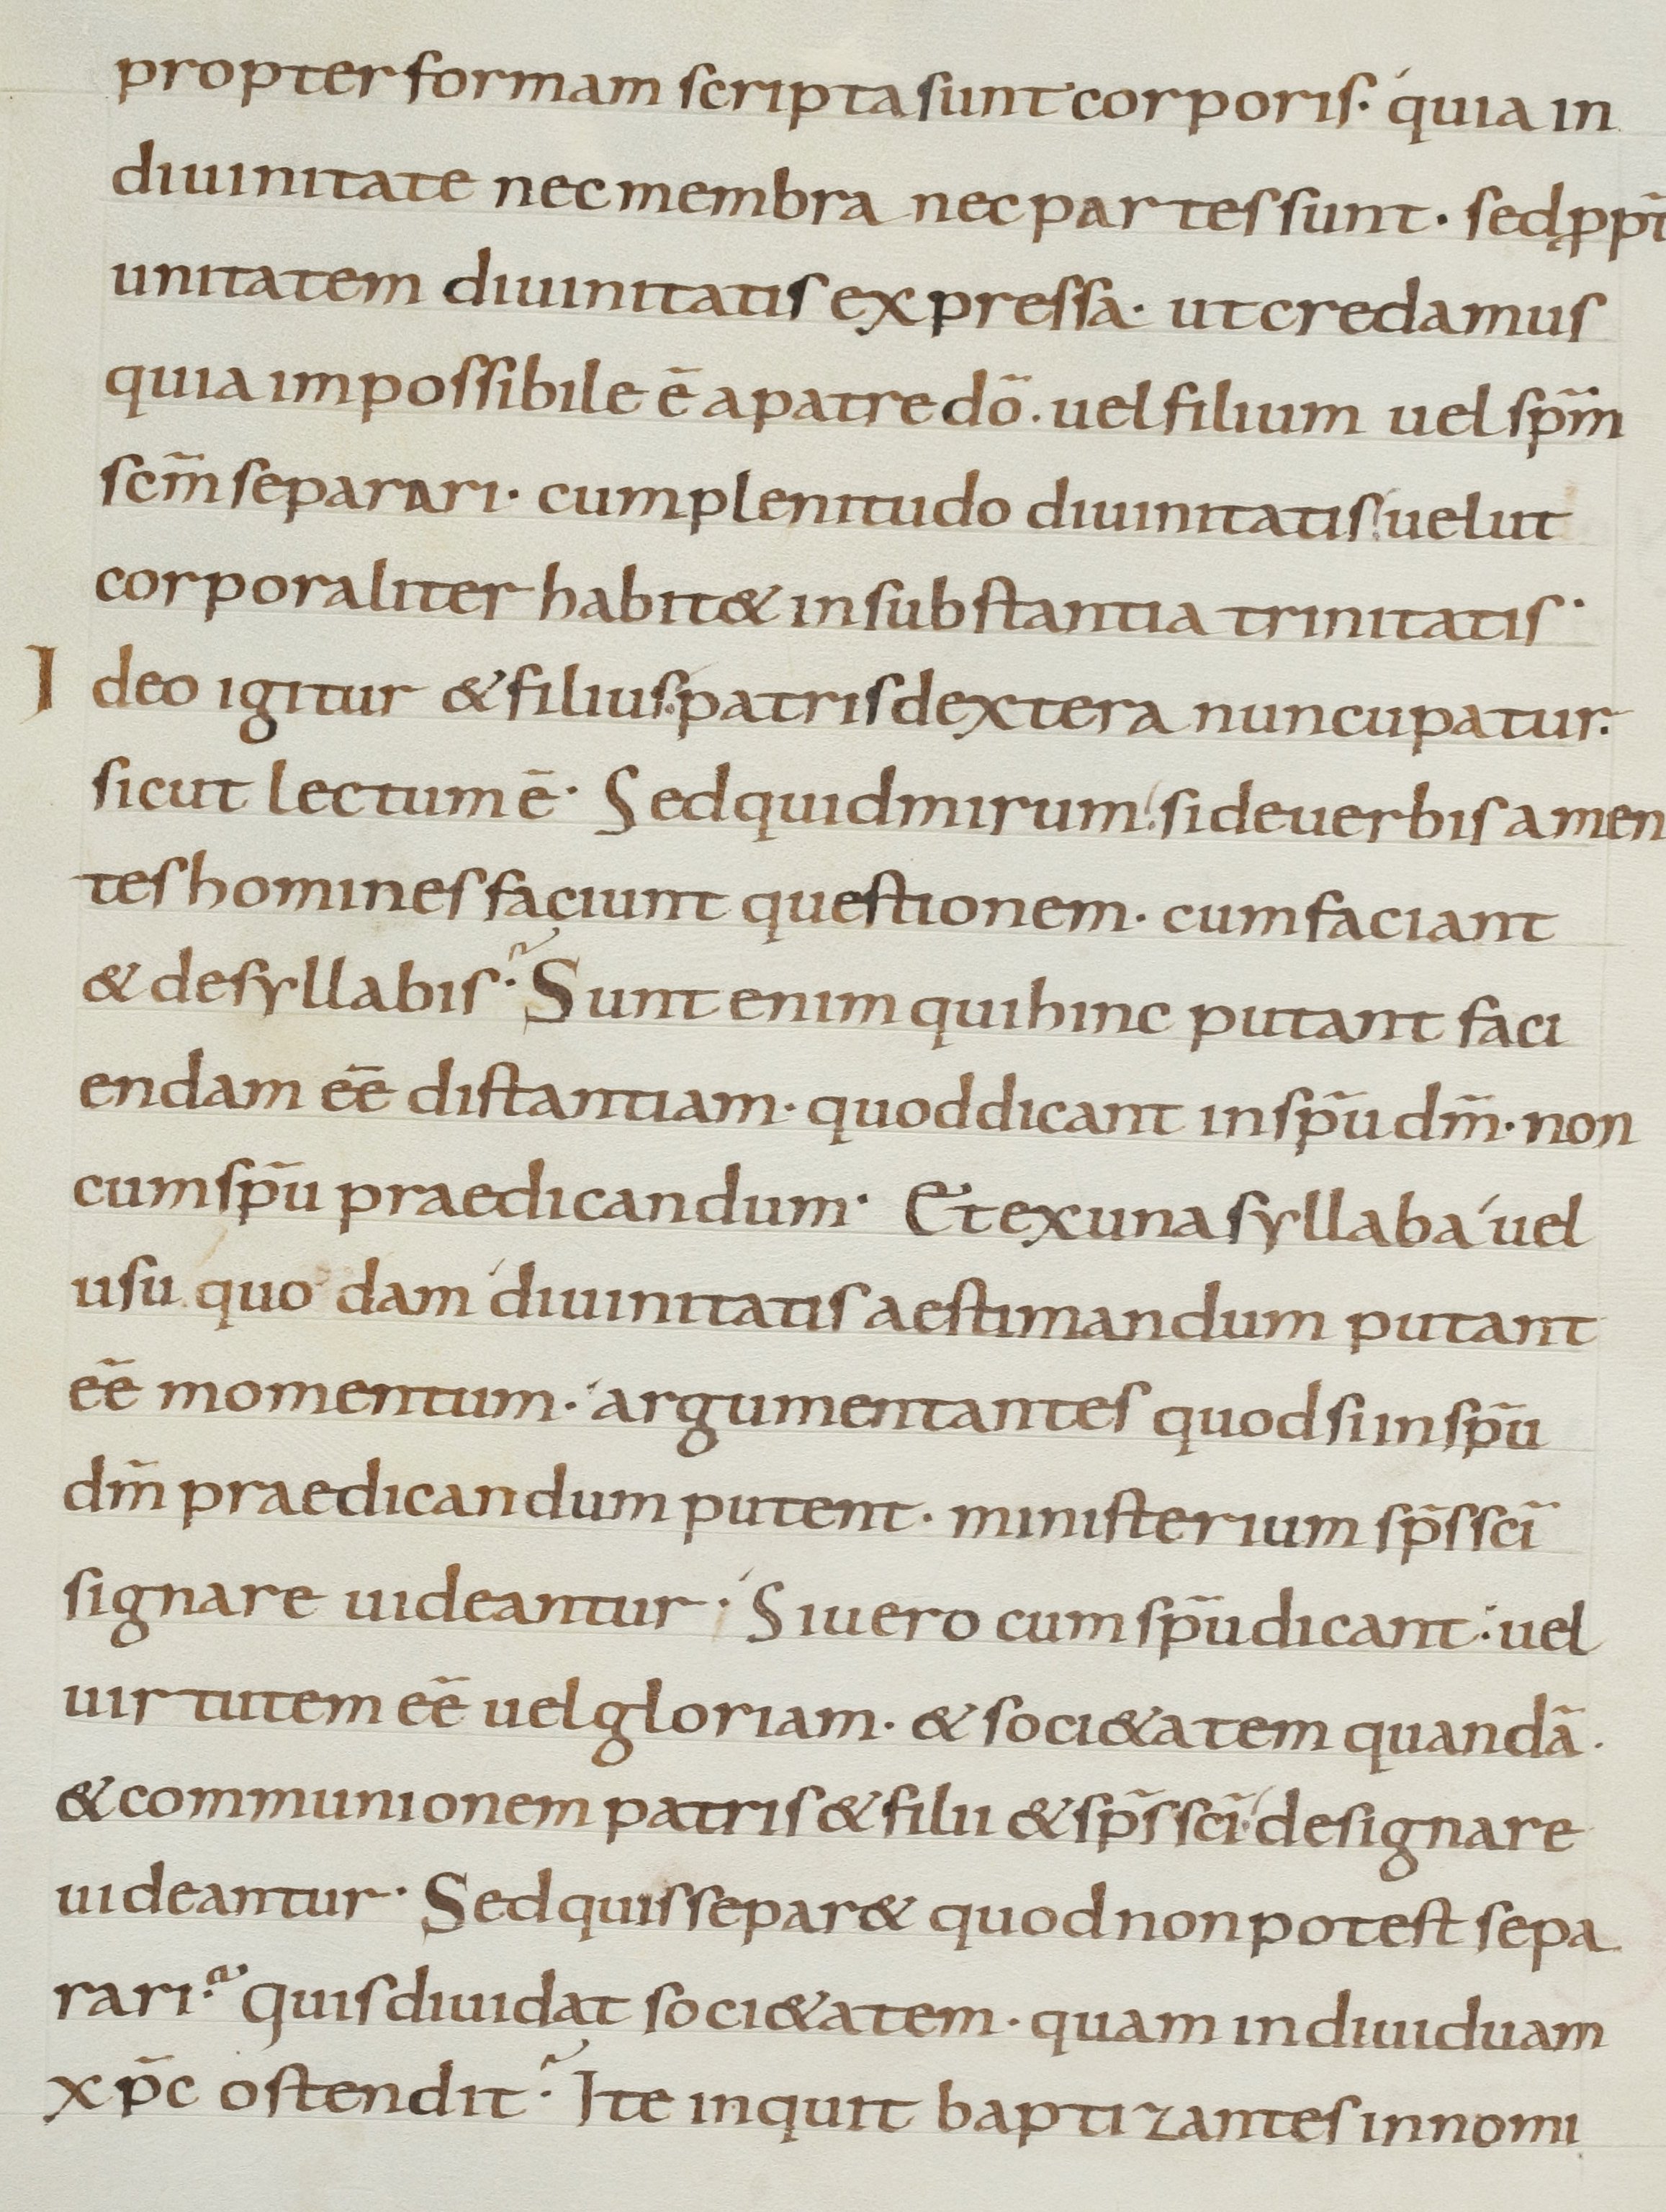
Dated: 900–999